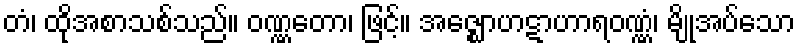
တံ၊ ထိုအစာသစ်သည်။ ဝဏ္ဏတော၊ ဖြင့်။ အဇ္ဈောဟဋာဟာရဝဏ္ဏံ၊ မျိုအပ်သော